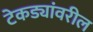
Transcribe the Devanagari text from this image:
टेकड्यांवरील